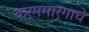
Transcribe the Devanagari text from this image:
कर्ममार्गाचे